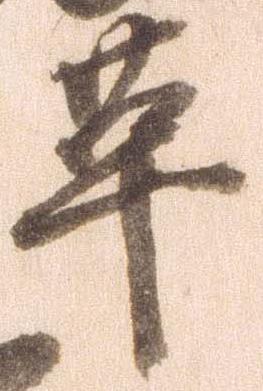
革